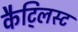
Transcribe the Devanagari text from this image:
कैट्लिस्ट